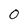
Character: 0